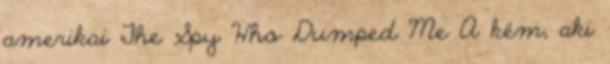
amerikai The Spy Who Dumped Me A kém, aki